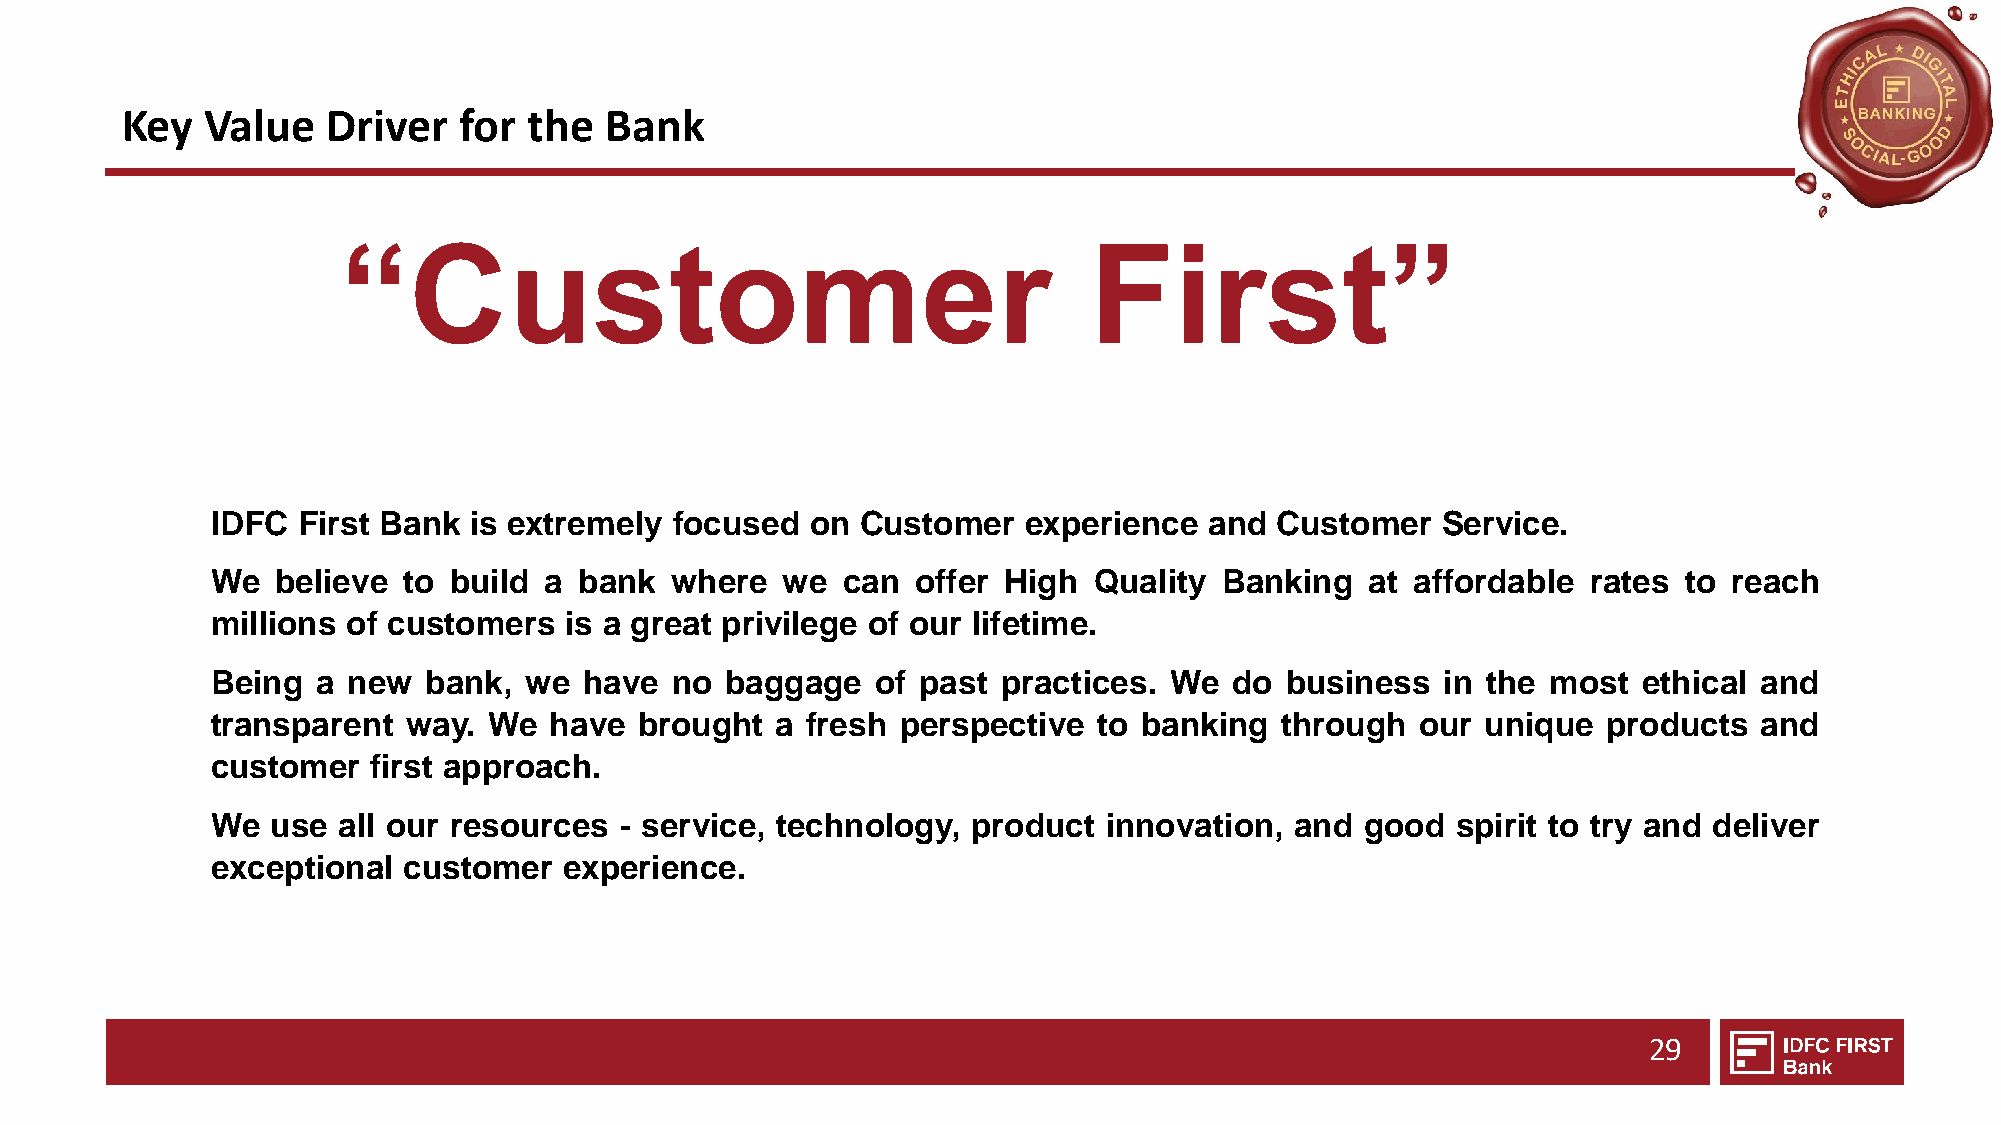
Key   Value   Driver  for  the  Bank
 “Customer                                        First”
 IDFC  First Bank is extremely  focused  on Customer   experience  and Customer   Service.
 We  believe  to build a bank  where   we  can  offer High Quality  Banking   at affordable rates to  reach
 millions of customers  is a great privilege of our lifetime.
 Being  a new  bank,  we  have no  baggage   of past practices. We   do business   in the most  ethical and
 transparent  way. We  have  brought  a fresh  perspective  to banking  through  our unique  products  and
 customer  first approach.
 We  use all our resources  - service, technology, product  innovation,  and good  spirit to try and deliver
 exceptional  customer  experience.
 29